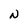
Character: N